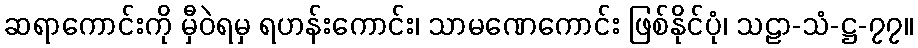
ဆရာကောင်းကို မှီဝဲရမှ ရဟန်းကောင်း၊ သာမဏေကောင်း ဖြစ်နိုင်ပုံ၊ သဠာ-သံ-ဋ္ဌ-၇၇။